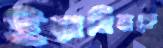
ইয়ামিনকে